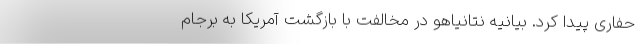
حفاری پیدا کرد. بیانیه نتانیاهو در مخالفت با بازگشت آمریکا به برجام